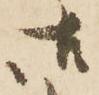
御